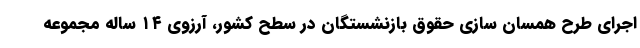
اجرای طرح همسان سازی حقوق بازنشستگان در سطح کشور، آرزوی ۱۴ ساله مجموعه